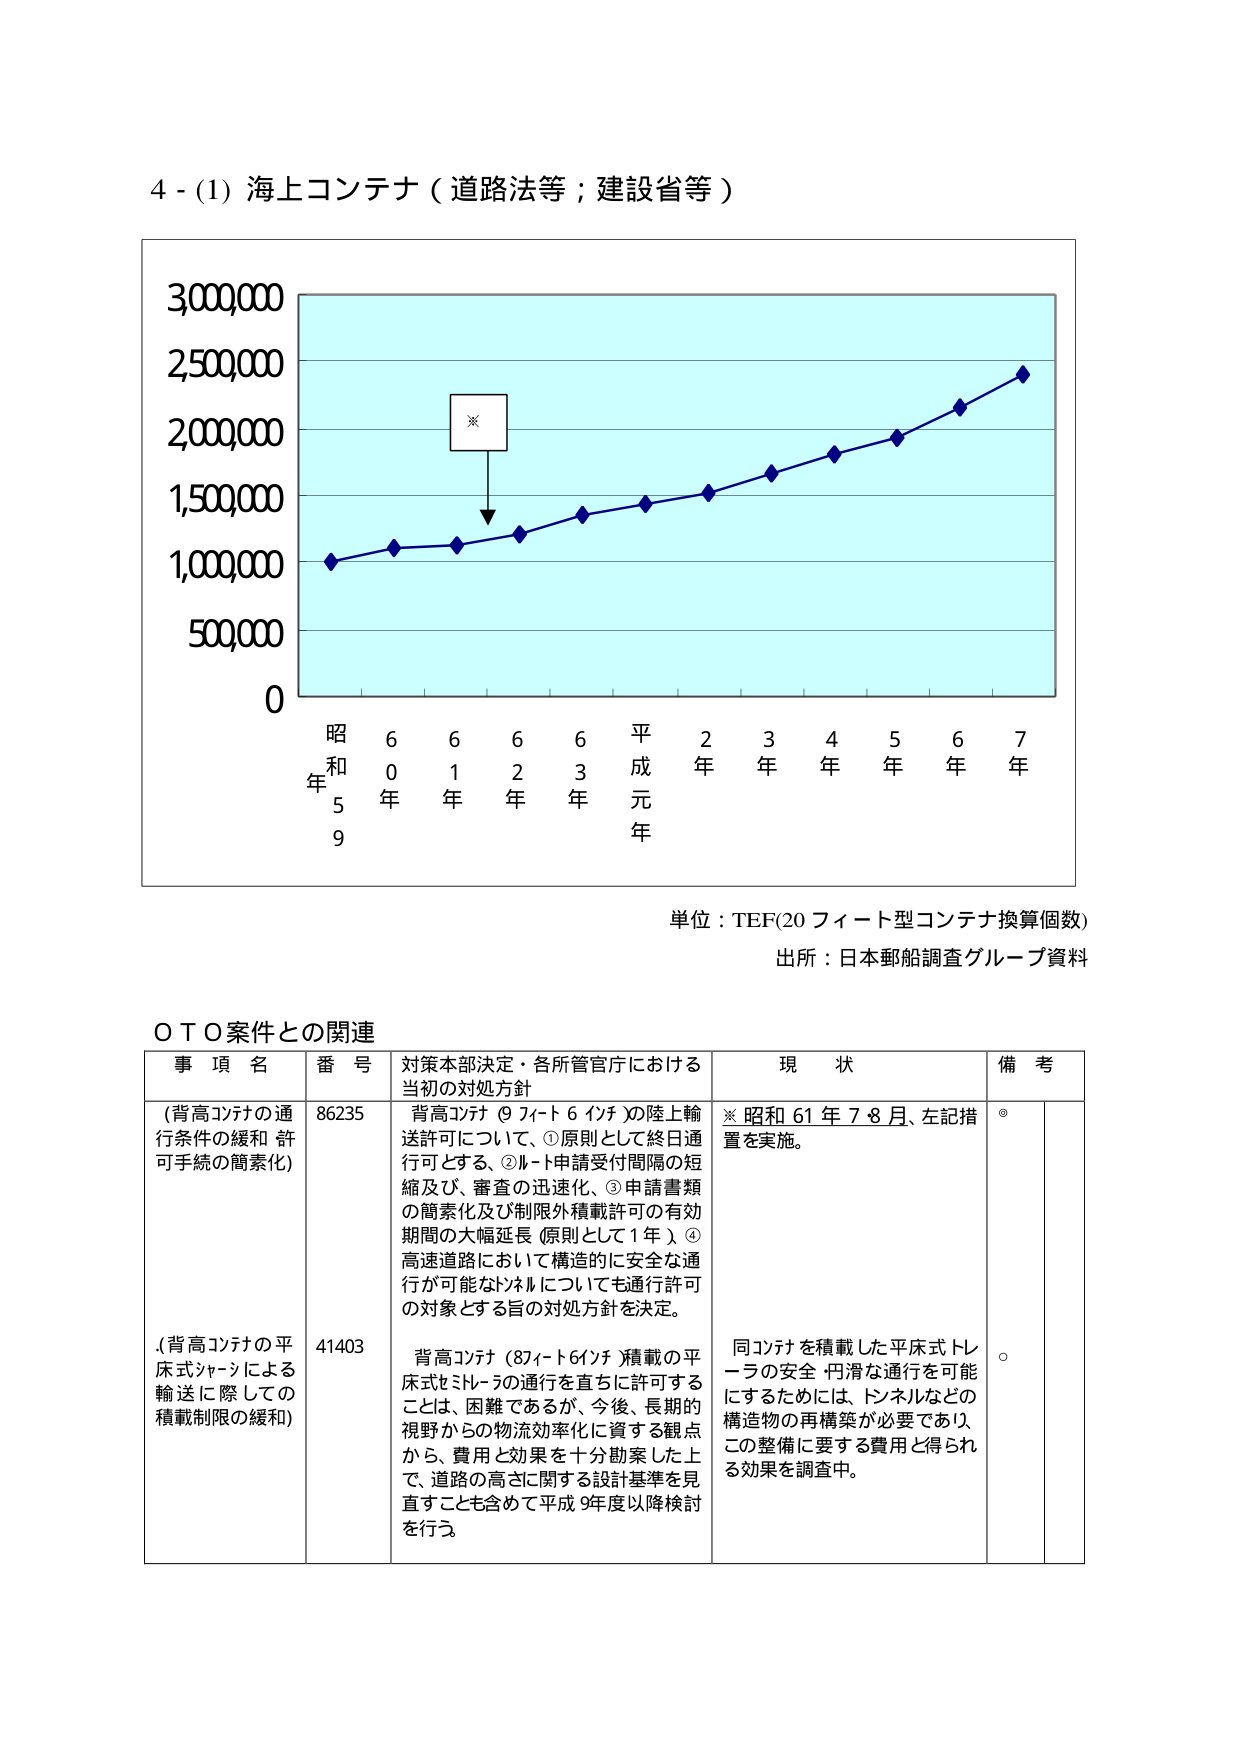
4 - (1) 海上コンテナ（道路法等；建設省等）

3,000,000
2,500,000
2,000,000
1,500,000
1,000,000
500,000
0

※

昭和59年 60年 61年 62年 63年 平成元年 2年 3年 4年 5年 6年 7年

単位：TEU(20フィート型コンテナ換算個数)
出所：日本郵船調査グループ資料

ＯＴＯ案件との関連

事項名 番号 対策本部決定・各所管官庁における 当初の対処方針 現状 備考

(背高コンテナの通行条件の緩和 許可手続の簡素化) 86235 背高コンテナ（9フィート6インチ）の陸上輸送許可について、①原則として終日通行可とする、②ルート申請受付間隔の短縮及び、審査の迅速化、③申請書類の簡素化及び制限外積載許可の有効期間の大幅延長（原則として1年）、④高速道路において構造的に安全な通行が可能なトンネルについても通行許可の対象とする旨の対処方針を決定。 ※昭和61年7・8月、左記措置を実施。 ◎

(背高コンテナの平床式シャーシによる輸送に際しての積載制限の緩和) 41403 背高コンテナ（8フィート6インチ）積載の平床式セミトレーラの通行を直ちに許可することは、困難であるが、今後、長期的視野から物流効率化に資する観点から、費用と効果を十分勘案した上で、道路の高さに関する設計基準を見直すことも含めて平成9年度以降検討を行う。 同コンテナを積載した平床式トレーラの安全・円滑な通行を可能にするためには、トンネルなどの構造物の再構築が必要であり、この整備に要する費用と得られる効果を調査中。 ○